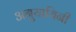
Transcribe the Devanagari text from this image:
अनुयायिनी